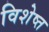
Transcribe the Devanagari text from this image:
विशेष्त